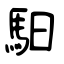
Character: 馹